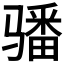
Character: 𩨏